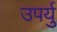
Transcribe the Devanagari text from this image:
उपर्यु